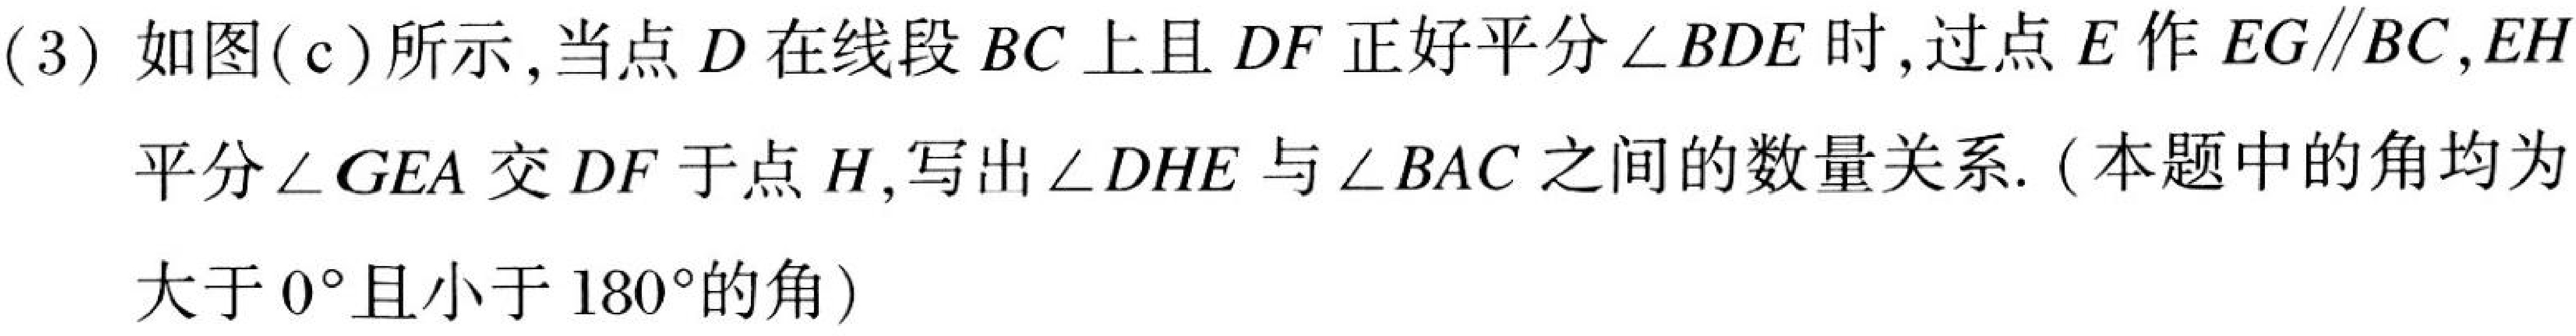
(3) 如图(c)所示,当点\(D\)在线段\(BC\)上且\(DF\)正好平分\(\angle BDE\)时,过点\(E\)作\(EG\parallel BC\),\(EH\)平分\(\angle GEA\)交\(DF\)于点\(H\),写出\(\angle DHE\)与\(\angle BAC\)之间的数量关系. (本题中的角均为大于\(0^{\circ}\)且小于\(180^{\circ}\)的角)